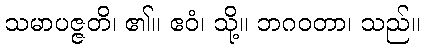
သမာပဇ္ဇတိ၊ ၏။ ဧဝံ၊ သို့။ ဘဂဝတာ၊ သည်။